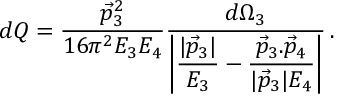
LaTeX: d Q = \frac { { \vec { p } _ { 3 } } ^ { 2 } } { 1 6 \pi ^ { 2 } E _ { 3 } E _ { 4 } } { \frac { d \Omega _ { 3 } } { \displaystyle { \left| \frac { | \vec { p } _ { 3 } | } { E _ { 3 } } - \frac { { \vec { p } _ { 3 } } . { \vec { p } _ { 4 } } } { | \vec { p } _ { 3 } | E _ { 4 } } \right| } } } \, .